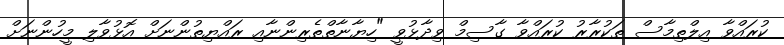
ކުރައްވާ އިލްތިމާސް ތަކުރާރު ކުރައްވާ ގާސިމް ވިދާޅުވީ "ހިޔާނާތްތެރިންނާއި ރައްޔިތުންނަށް އޮޅުވާލި މީހުންނަށް